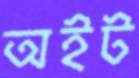
অইট